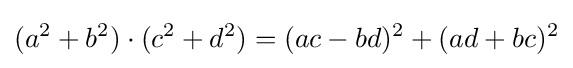
(a^{2}+b^{2})\cdot (c^{2}+d^{2})=(ac-bd)^{2}+(ad+bc)^{2}